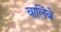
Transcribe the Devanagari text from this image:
वालिंबे